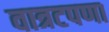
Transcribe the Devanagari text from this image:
वात्रटपणा